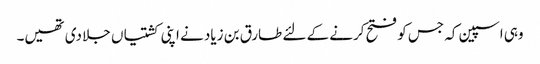
وہی اسپین کہ جس کو فتح کرنے کے لئے طارق بن زیاد نے اپنی کشتیاں جلا دی تھیں۔